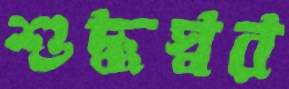
শুদ্ধস্বর